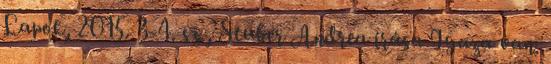
Lapok, 2015. 3-4. sz., Stuber Andrea írása Igaza van.